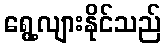
ရွေ့လျားနိုင်သည်